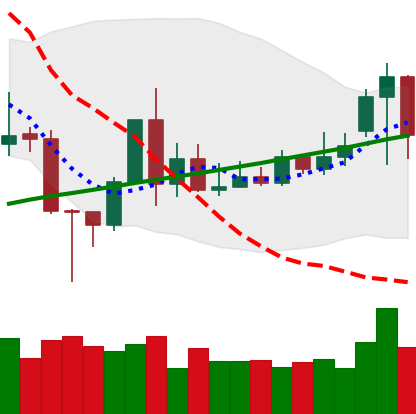
Ticker: TRX-USD
Chart end date: 2020-11-19
Forward return: 35.908%
Label: up_7plus